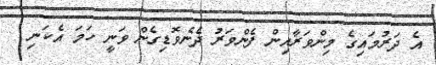
އެ ދަރުމައިގެ މިންވަރާއިން ފެންވަރު ދެނެވޮޑިގެން ވަނީ ހަމަ އެކަނި